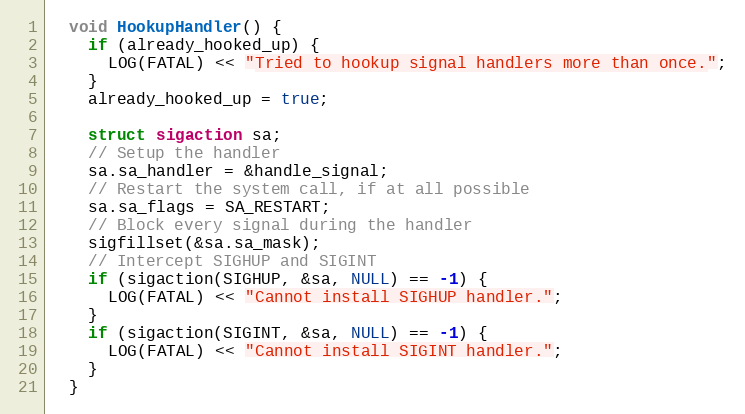
Language: C++
  void HookupHandler() {
    if (already_hooked_up) {
      LOG(FATAL) << "Tried to hookup signal handlers more than once.";
    }
    already_hooked_up = true;

    struct sigaction sa;
    // Setup the handler
    sa.sa_handler = &handle_signal;
    // Restart the system call, if at all possible
    sa.sa_flags = SA_RESTART;
    // Block every signal during the handler
    sigfillset(&sa.sa_mask);
    // Intercept SIGHUP and SIGINT
    if (sigaction(SIGHUP, &sa, NULL) == -1) {
      LOG(FATAL) << "Cannot install SIGHUP handler.";
    }
    if (sigaction(SIGINT, &sa, NULL) == -1) {
      LOG(FATAL) << "Cannot install SIGINT handler.";
    }
  }